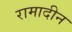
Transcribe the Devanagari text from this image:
रामादीन